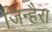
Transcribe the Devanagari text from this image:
जिन्हैरा